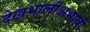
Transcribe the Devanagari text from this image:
देखभालीअभावी